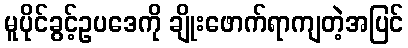
မူပိုင်ခွင့်ဥပဒေကို ချိုးဖောက်ရာကျတဲ့အပြင်